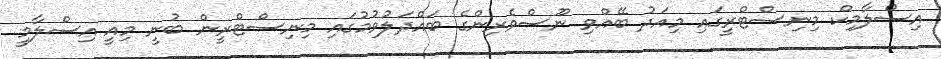
އިސްލާމިކް މިނިސްޓްރީގައި މިއަދު ބޭއްވި ނޫސްވެރިންގެ ބައްދަލުވުމުގައި މިނިސްޓްރީން ބުނީ މިއީ އިސްލާމީ